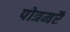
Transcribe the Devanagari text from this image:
पोत्रमरै